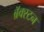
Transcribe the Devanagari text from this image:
ब्रॅक्स्टन